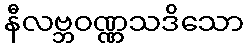
နီလဗ္ဘဝဏ္ဏသဒိသော